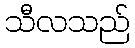
သီလသည်